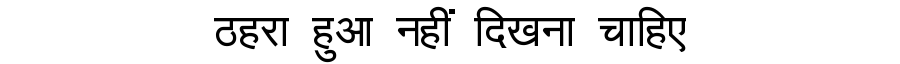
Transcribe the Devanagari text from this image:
ठहरा हुआ नहीं दिखना चाहिए